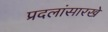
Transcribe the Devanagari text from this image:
प्रदलांसारखे